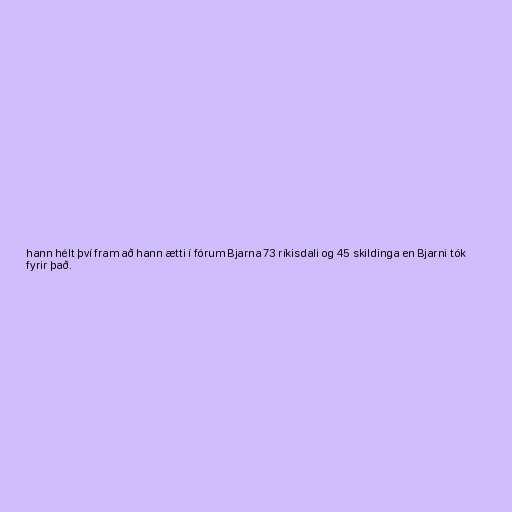
hann hélt því fram að hann ætti í fórum Bjarna 73 ríkisdali og 45 skildinga en Bjarni tók
fyrir það.